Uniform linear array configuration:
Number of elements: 48
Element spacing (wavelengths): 0.25
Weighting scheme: binomial
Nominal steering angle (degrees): -30
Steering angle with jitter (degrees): -29.923
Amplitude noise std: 0.05
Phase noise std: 0.05

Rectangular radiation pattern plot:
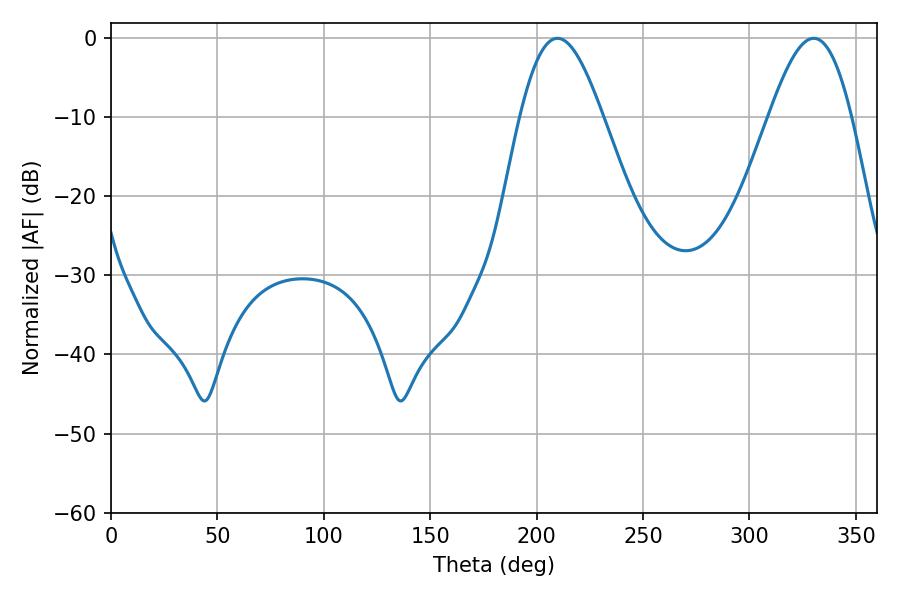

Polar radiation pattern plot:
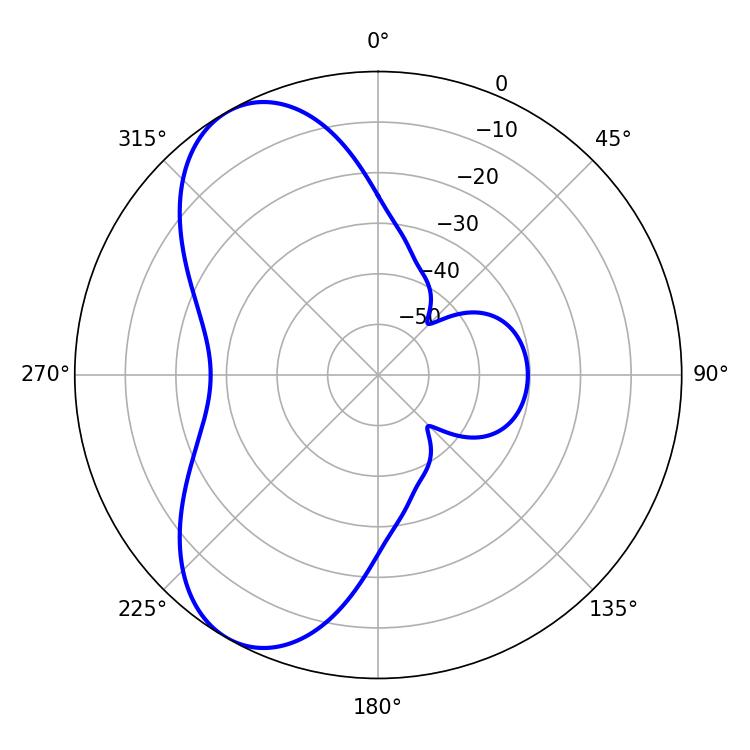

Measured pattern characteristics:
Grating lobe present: FALSE
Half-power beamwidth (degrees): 20.7
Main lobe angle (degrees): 330.12